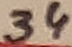
Text: 34